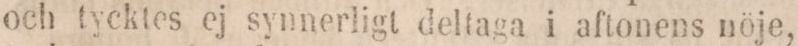
och tycktes ej synnerligt deltaga i aftonens nöje,